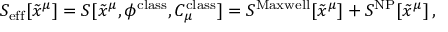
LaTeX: S _ { \mathrm { e f f } } [ \tilde { x } ^ { \mu } ] = S [ \tilde { x } ^ { \mu } , \phi ^ { \mathrm { c l a s s } } , C _ { \mu } ^ { \mathrm { c l a s s } } ] = S ^ { \mathrm { M a x w e l l } } [ \tilde { x } ^ { \mu } ] + S ^ { \mathrm { N P } } [ \tilde { x } ^ { \mu } ] \, ,